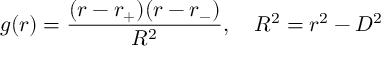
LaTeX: g ( r ) = { \frac { ( r - r _ { + } ) ( r - r _ { - } ) } { R ^ { 2 } } } , \ \ \ R ^ { 2 } = r ^ { 2 } - D ^ { 2 }